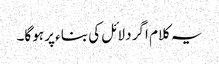
یہ کلام اگر دلائل کی بناء پر ہوگا۔